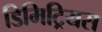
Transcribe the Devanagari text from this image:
डिमिट्रियस